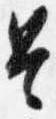
是